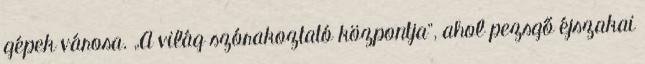
gépek városa. „A világ szórakoztató központja”, ahol pezsgő éjszakai